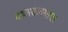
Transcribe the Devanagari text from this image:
वाजवावयाचा